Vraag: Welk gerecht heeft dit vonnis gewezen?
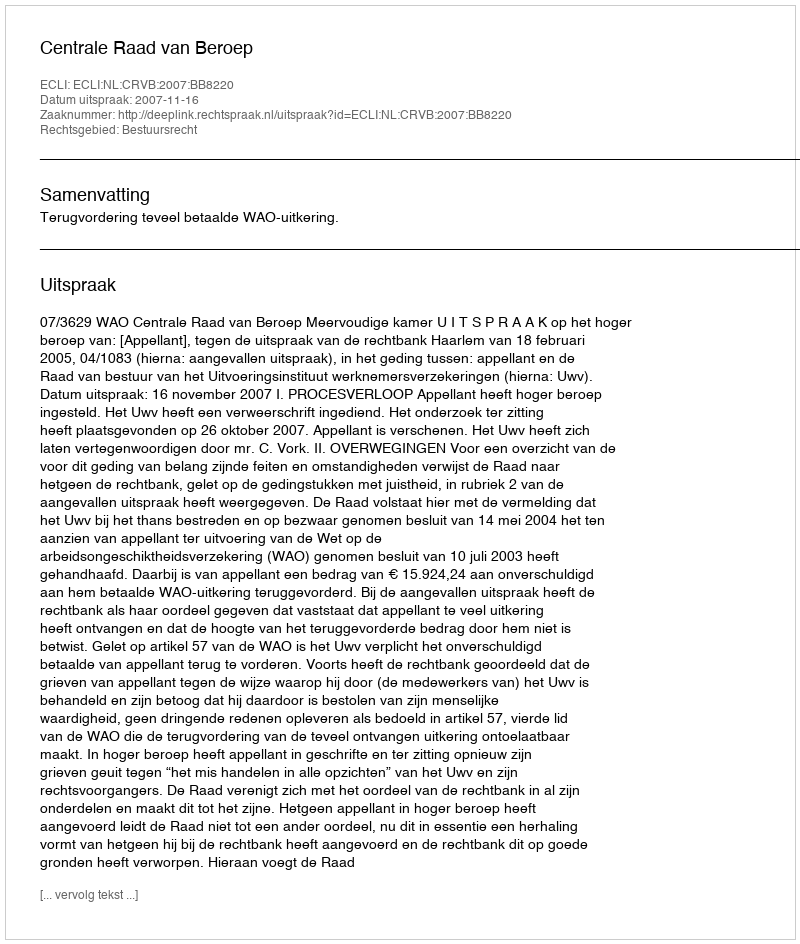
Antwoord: Centrale Raad van Beroep